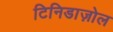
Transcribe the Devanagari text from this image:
टिनिडाज़ोल